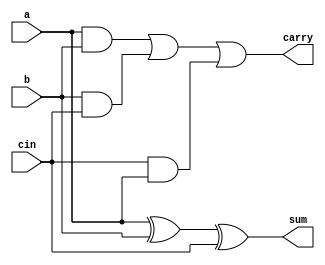
module fa(input a,b,cin, output sum,carry);
  assign sum = a^b^cin;
  assign carry = (a&b)|(b&cin)|(cin&a);
endmodule

module mux(input s,i0,i1, output reg y);
  always@(*)
    begin
    if(s == 0)
      y = i0;
    else
      y = i1;
    end
endmodule

module CSA_4bit(A,B,C_in,S,C_out);
  input [3:0] A,B;
  input C_in;
  output [3:0] S;
  output C_out;

  wire [3:0] w0,w1,w2,w3;

  fa FA1(A[0],B[0],1'b0,w0[0],w2[0]);
  fa FA2(A[1],B[1],w2[0],w0[1],w2[1]);
  fa FA3(A[2],B[2],w2[1],w0[2],w2[2]);
  fa FA4(A[3],B[3],w2[2],w0[3],w2[3]);

  fa FA5(A[0],B[0],1'b1,w1[0],w3[0]);
  fa FA6(A[1],B[1],w3[0],w1[1],w3[1]);
  fa FA7(A[2],B[2],w3[1],w1[2],w3[2]);
  fa FA8(A[3],B[3],w3[2],w1[3],w3[3]);


  mux mux_Cout(w2[3],w3[3],C_in,C_out);

  mux mux_S0(C_in,w0[0],w1[0],S[0]);
  mux mux_S1(C_in,w0[1],w1[1],S[1]);
  mux mux_S2(C_in,w0[2],w1[2],S[2]);
  mux mux_S3(C_in,w0[3],w1[3],S[3]);

endmodule